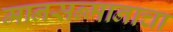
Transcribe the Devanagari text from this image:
मानसन्मानाचा